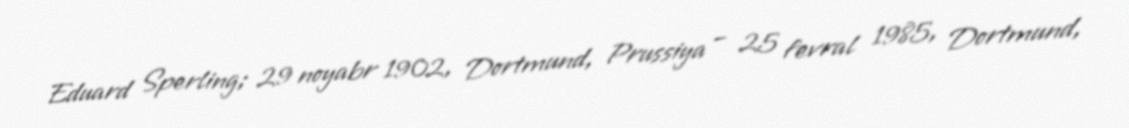
Eduard Sperling; 29 noyabr 1902, Dortmund, Prussiya – 25 fevral 1985, Dortmund,